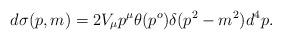
LaTeX: \begin{align*}d\sigma (p,m)=2V_{\mu}p^{\mu} \theta(p^o)\delta (p^2-m^2) d^4p.\end{align*}